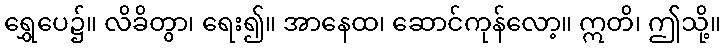
ရွှေပေ၌။ လိခိတွာ၊ ရေး၍။ အာနေထ၊ ဆောင်ကုန်လော့။ ဣတိ၊ ဤသို့။